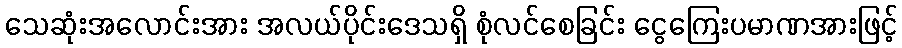
သေဆုံးအလောင်းအား အလယ်ပိုင်းဒေသရှိ စုံလင်စေခြင်း ငွေကြေးပမာဏအားဖြင့်